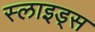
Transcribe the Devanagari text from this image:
स्‍लाइड्स